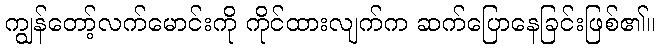
ကျွန်တော့်လက်မောင်းကို ကိုင်ထားလျက်က ဆက်ပြောနေခြင်းဖြစ်၏။